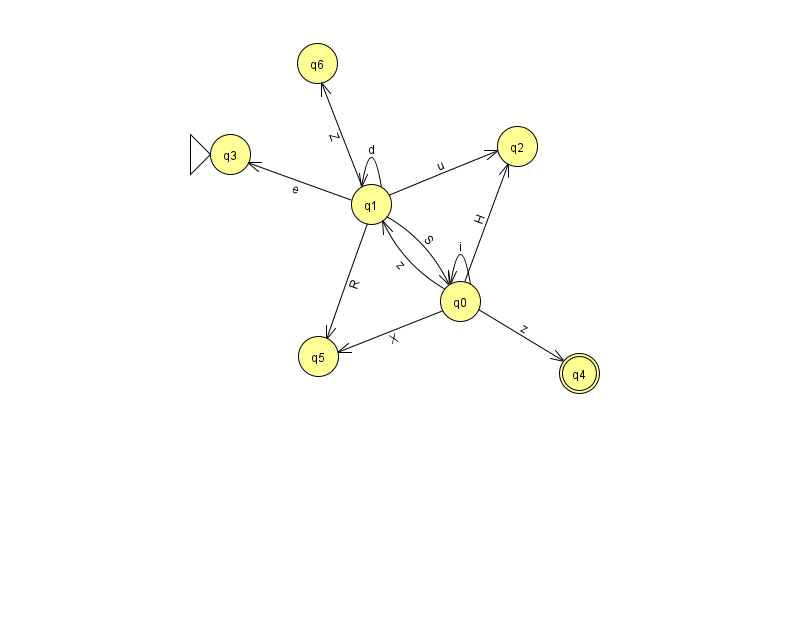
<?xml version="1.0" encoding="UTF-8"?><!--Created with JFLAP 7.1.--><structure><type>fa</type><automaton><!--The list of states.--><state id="0" name="q0"><x>460.0</x><y>288.0</y></state><state id="1" name="q1"><x>371.0</x><y>191.0</y></state><state id="2" name="q2"><x>517.0</x><y>133.0</y></state><state id="3" name="q3"><x>230.0</x><y>141.0</y><initial/></state><state id="4" name="q4"><x>579.0</x><y>360.0</y><final/></state><state id="5" name="q5"><x>318.0</x><y>343.0</y></state><state id="6" name="q6"><x>317.0</x><y>50.0</y></state><!--The list of transitions.--><transition><from>0</from><to>4</to><read>z</read></transition><transition><from>1</from><to>6</to><read>Z</read></transition><transition><from>1</from><to>1</to><read>d</read></transition><transition><from>0</from><to>1</to><read>z</read></transition><transition><from>0</from><to>2</to><read>H</read></transition><transition><from>1</from><to>2</to><read>u</read></transition><transition><from>1</from><to>3</to><read>e</read></transition><transition><from>0</from><to>0</to><read>i</read></transition><transition><from>1</from><to>5</to><read>R</read></transition><transition><from>1</from><to>0</to><read>S</read></transition><transition><from>0</from><to>5</to><read>X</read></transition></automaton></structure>